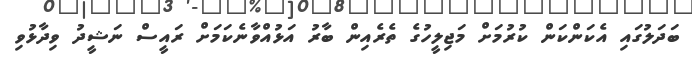
ބަދަލުގައި އެކަންކަން ކުރުމަށް މަޖިލީހުގެ ތެރެއިން ބާރު އަޅުއްވާނެކަމަށް ރައީސް ނަޝީދު ވިދާޅުވި